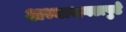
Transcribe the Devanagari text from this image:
अभ्यासगटापुढे